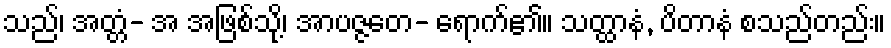
သည်၊ အတ္တံ- အ အဖြစ်သို့၊ အာပဇ္ဇတေ- ရောက်၏။ သတ္ထာနံ, ပိတာနံ စသည်တည်း။